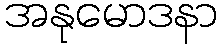
အနုမောဒနာ